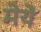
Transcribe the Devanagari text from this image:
मेये